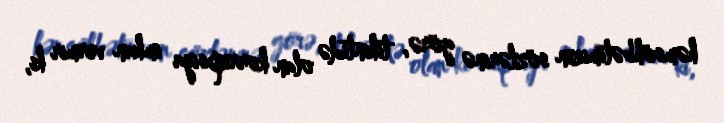
həmsöhbətimizin sözlərinə görə, tikintidə olan korrupsiya imkan vermir ki,